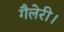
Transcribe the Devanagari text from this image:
गैलेरी।